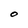
Character: O